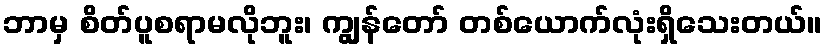
ဘာမှ စိတ်ပူစရာမလိုဘူး၊ ကျွန်တော် တစ်ယောက်လုံးရှိသေးတယ်။